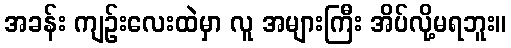
အခန်း ကျဉ်းလေးထဲမှာ လူ အများကြီး အိပ်လို့မရဘူး။